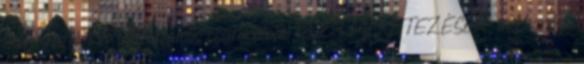
iker kivitel, két párhuzamos csatornával 13 2.3 MÉRETEZÉSEK, mechanikai